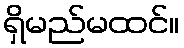
ရှိမည်မထင်။